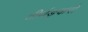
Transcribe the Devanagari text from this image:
तीर्थङ्करों